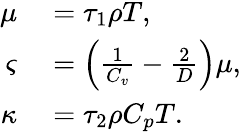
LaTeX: \begin{array}{rl}{\mu}&{{}=\tau_{1}\rho T,}\\ {\varsigma}&{{}=\left(\frac{1}{C_{v}}-\frac{2}{D}\right)\mu,}\\ {\kappa}&{{}=\tau_{2}\rho C_{p}T.}\end{array}